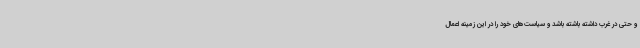
و حتی در غرب داشته باشته باشد و سیاست‌های خود را در این زمینه اعمال